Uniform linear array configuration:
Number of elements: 48
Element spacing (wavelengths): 0.25
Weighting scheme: cosine
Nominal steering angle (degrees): -15
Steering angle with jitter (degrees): -15.558
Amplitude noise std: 0.05
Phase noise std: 0.05

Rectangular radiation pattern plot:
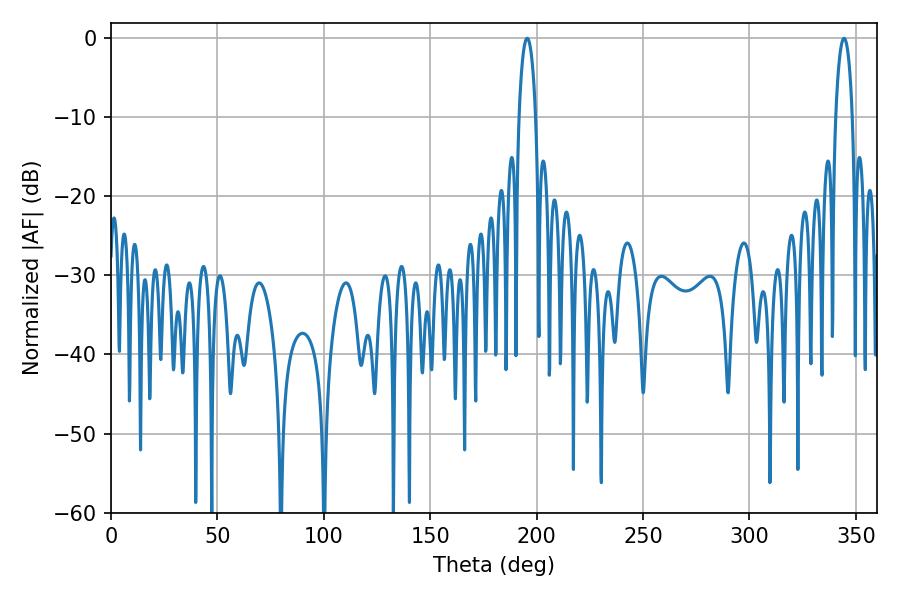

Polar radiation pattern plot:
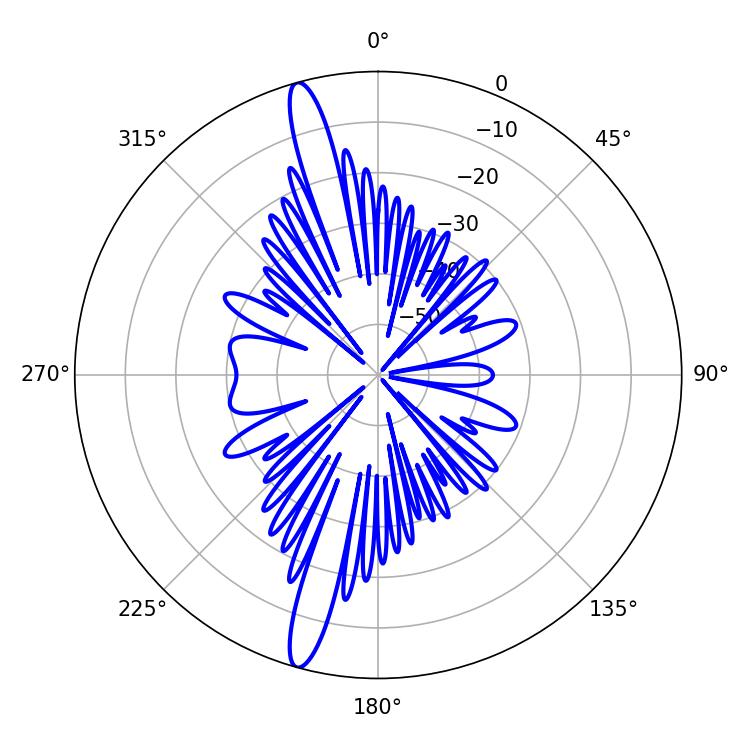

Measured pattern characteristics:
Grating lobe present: FALSE
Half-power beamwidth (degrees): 4.5
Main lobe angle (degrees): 344.52